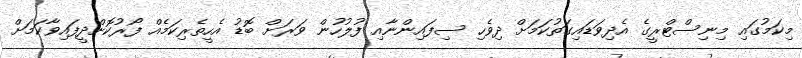
މިކަމުގައި މިނިސްޓްރީގެ އެދިވަޑައިގަތުކަމަށް ދިވެހި ސިފައިންނާއި ފުލުހުން ވަރަށް ބޮޑު އެހީތެރިކަމެއް ފޯރުކޮށްދީފައިވާކަަމަށް